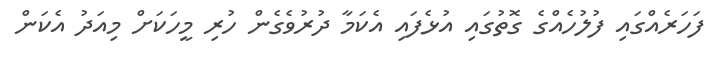
ފަހަރެއްގައި ފުލުހެއްގެ ގޮތުގައި އުޅެފައި އެކަމާ ދުރުވެގެން ހުރި މީހަކަށް މިއަދު އެކަން